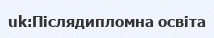
uk:Післядипломна освіта